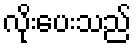
လိုးပေးသည်